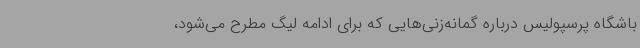
باشگاه پرسپولیس درباره گمانه‌زنی‌هایی که برای ادامه لیگ مطرح می‌شود،